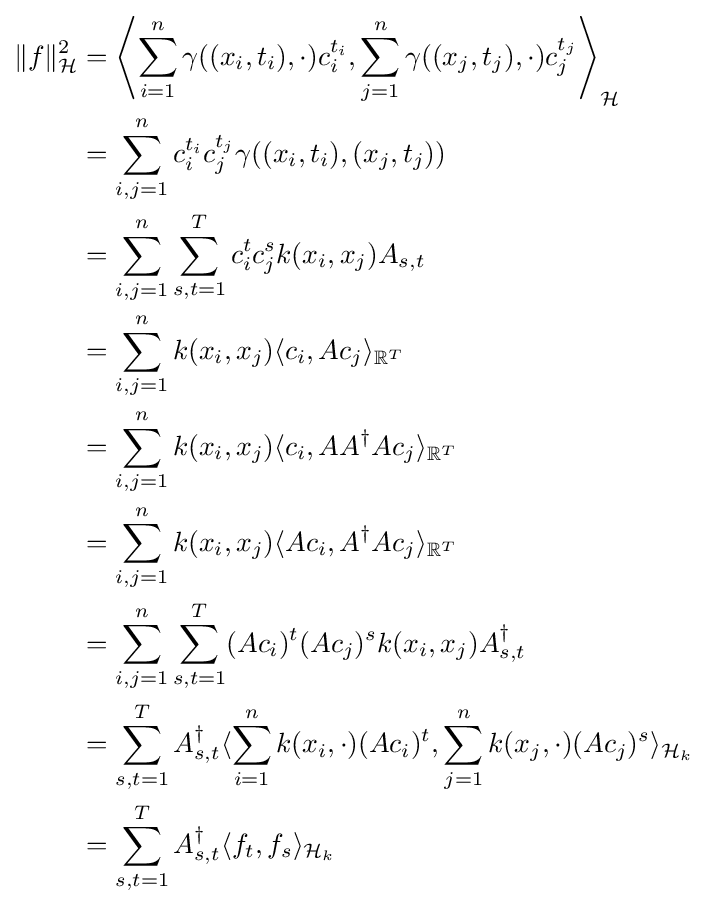
{\begin{aligned}\|f\|_{\mathcal {H}}^{2}&=\left\langle \sum _{i=1}^{n}\gamma ((x_{i},t_{i}),\cdot )c_{i}^{t_{i}},\sum _{j=1}^{n}\gamma ((x_{j},t_{j}),\cdot )c_{j}^{t_{j}}\right\rangle _{\mathcal {H}}\\&=\sum _{i,j=1}^{n}c_{i}^{t_{i}}c_{j}^{t_{j}}\gamma ((x_{i},t_{i}),(x_{j},t_{j}))\\&=\sum _{i,j=1}^{n}\sum _{s,t=1}^{T}c_{i}^{t}c_{j}^{s}k(x_{i},x_{j})A_{s,t}\\&=\sum _{i,j=1}^{n}k(x_{i},x_{j})\langle c_{i},Ac_{j}\rangle _{\mathbb {R} ^{T}}\\&=\sum _{i,j=1}^{n}k(x_{i},x_{j})\langle c_{i},AA^{\dagger }Ac_{j}\rangle _{\mathbb {R} ^{T}}\\&=\sum _{i,j=1}^{n}k(x_{i},x_{j})\langle Ac_{i},A^{\dagger }Ac_{j}\rangle _{\mathbb {R} ^{T}}\\&=\sum _{i,j=1}^{n}\sum _{s,t=1}^{T}(Ac_{i})^{t}(Ac_{j})^{s}k(x_{i},x_{j})A_{s,t}^{\dagger }\\&=\sum _{s,t=1}^{T}A_{s,t}^{\dagger }\langle \sum _{i=1}^{n}k(x_{i},\cdot )(Ac_{i})^{t},\sum _{j=1}^{n}k(x_{j},\cdot )(Ac_{j})^{s}\rangle _{{\mathcal {H}}_{k}}\\&=\sum _{s,t=1}^{T}A_{s,t}^{\dagger }\langle f_{t},f_{s}\rangle _{{\mathcal {H}}_{k}}\end{aligned}}